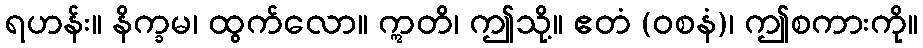
ရဟန်း။ နိက္ခမ၊ ထွက်လော။ ဣတိ၊ ဤသို့။ ဧတံ (ဝစနံ)၊ ဤစကားကို။